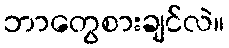
ဘာတွေစားချင်လဲ။